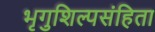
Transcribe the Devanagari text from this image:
भृगुशिल्पसंहिता